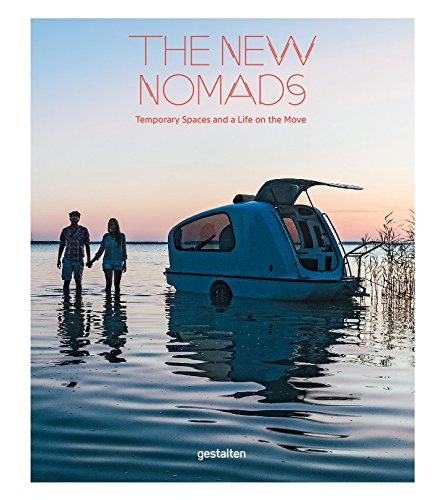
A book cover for The New Nomads: Temporary Spaces and a Life on the Move; Crafts, Hobbies & Home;